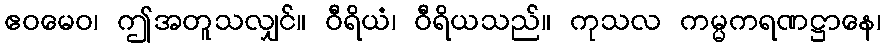
ဧဝမေဝ၊ ဤအတူသလျှင်။ ဝီရိယံ၊ ဝီရိယသည်။ ကုသလ ကမ္မကရဏဋ္ဌာနေ၊